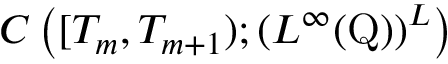
C \left( [ T _ { m } , T _ { m + 1 } ) ; \left( L ^ { \infty } ( \mathrm { Q } ) \right) ^ { L } \right)